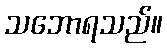
သဘောရသည်။